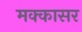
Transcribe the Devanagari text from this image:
मक्कासर